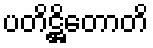
ပတိဋ္ဌိတောတိ